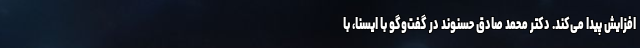
افزایش پیدا می‌کند. دکتر محمد صادق حسنوند در گفت‌وگو با ایسنا، با